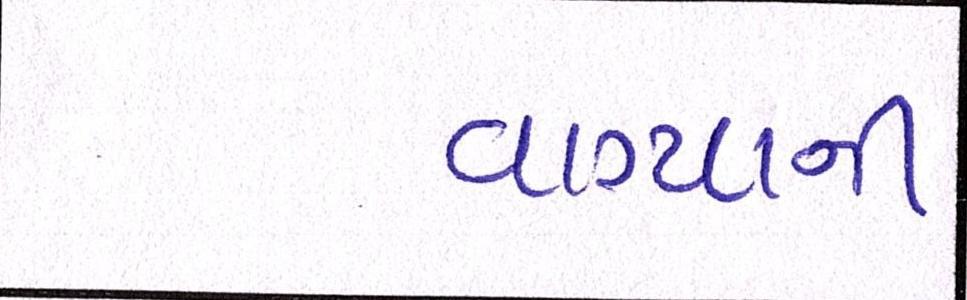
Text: વાગ્યાની